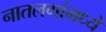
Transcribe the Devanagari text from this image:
नातलगांमध्ये